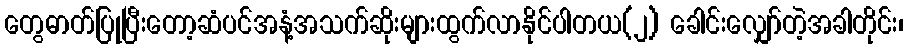
တွေဓာတ်ပြုပြီးတော့ဆံပင်အနံ့အသက်ဆိုးများထွက်လာနိုင်ပါတယ(၂) ခေါင်းလျှော်တဲ့အခါတိုင်း၊